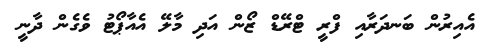
އެއިރުން ބަނދަރާއި ފްރީ ޓްރޭޑް ޒޯން އަދި މާލޭ އެއާޕޯޓު ވެގެން ދާނީ